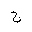
Letter: _gim